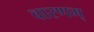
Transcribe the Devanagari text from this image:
वारणम्